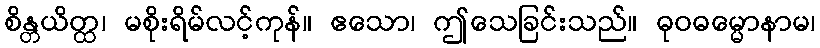
စိန္တယိတ္ထ၊ မစိုးရိမ်လင့်ကုန်။ ဧသော၊ ဤသေခြင်းသည်။ ဓုဝဓမ္မောနာမ၊